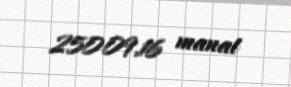
25009,16 manat